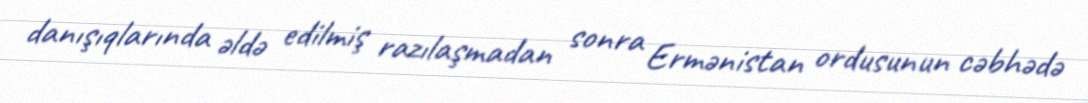
danışıqlarında əldə edilmiş razılaşmadan sonra Ermənistan ordusunun cəbhədə